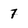
Character: 7